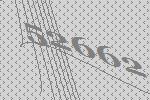
52662